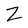
Character: Z